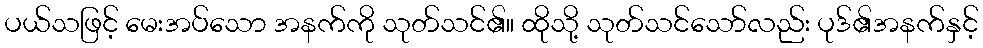
ပယ်သဖြင့် မေးအပ်သော အနက်ကို သုတ်သင်၏။ ထိုသို့ သုတ်သင်သော်လည်း ပုဒ်၏အနက်နှင့်